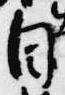
自